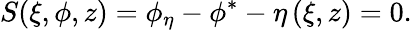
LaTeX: S(\xi,\phi,z)=\phi_{\eta}-\phi^{*}-\eta\left(\xi,z\right)=0.